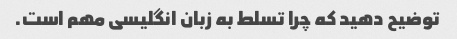
توضیح دهید که چرا تسلط به زبان انگلیسی مهم است.